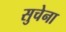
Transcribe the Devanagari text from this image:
सुचेना